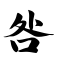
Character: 咎